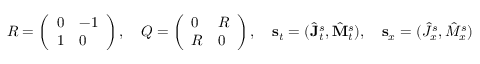
R = \left( \begin{array} { l l } { 0 } & { - 1 } \\ { 1 } & { 0 } \end{array} \right) , \quad Q = \left( \begin{array} { l l } { 0 } & { R } \\ { R } & { 0 } \end{array} \right) , \quad \mathbf { s } _ { t } = ( \hat { \mathbf { J } } _ { t } ^ { s } , \hat { \mathbf { M } } _ { t } ^ { s } ) , \quad \mathbf { s } _ { x } = ( \hat { J } _ { x } ^ { s } , \hat { M } _ { x } ^ { s } )